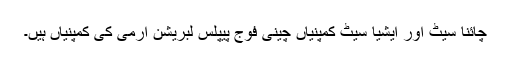
چائنا سیٹ اور ایشیا سیٹ کمپنیاں چینی فوج پیپلس لبریشن آرمی کی کمپنیاں ہیں۔